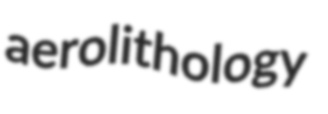
aerolithology